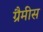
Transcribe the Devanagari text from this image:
ग्रैमीस